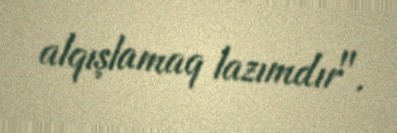
alqışlamaq lazımdır".